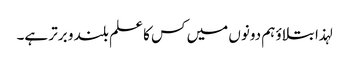
لہذا بتلاوٴ ہم دونوں میں کس کا علم بلند و برتر ہے۔